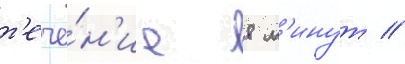
т'ече́н'ие 8 м'инут //